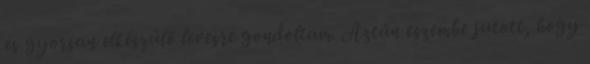
és gyorsan elkészülő levesre gondoltam. Aztán eszembe jutott, hogy